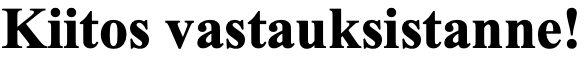
Kiitos vastauksistanne!